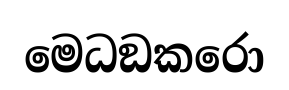
මෙධඞකරො